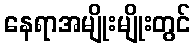
နေရာအမျိုးမျိုးတွင်